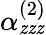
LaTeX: \alpha_{\mathit{z}\mathit{z}\mathit{z}}^{(2)}